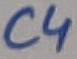
Text: C4